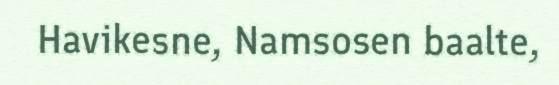
Havikesne, Namsosen baalte,